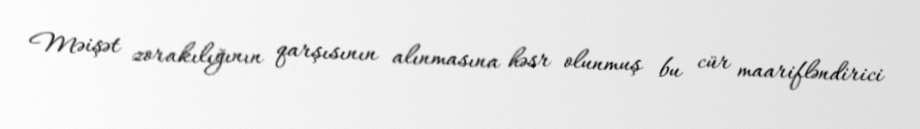
Məişət zorakılığının qarşısının alınmasına həsr olunmuş bu cür maarifləndirici